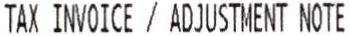
TAX INVOICE / ADJUSTMENT NOTE